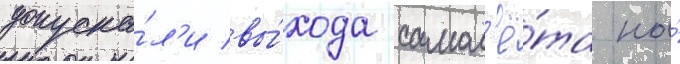
допуска́л'и вы́хода самол'ё́та на́